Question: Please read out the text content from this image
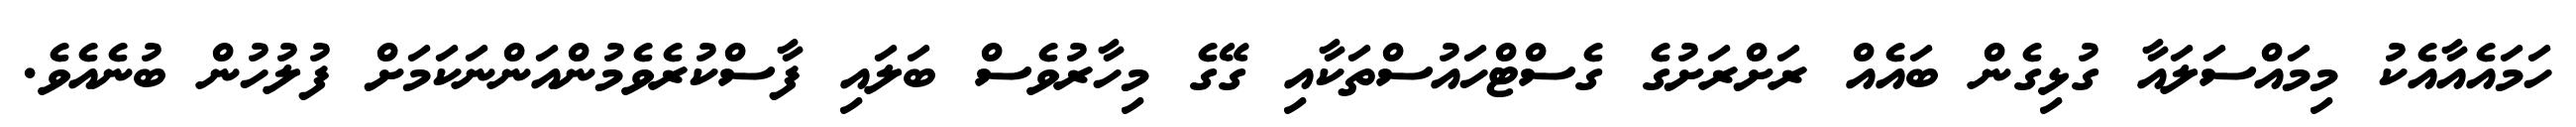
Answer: ހަމައެއާއެކު މިމައްސަލައާ ގުޅިގެން ބައެއް ރަށްރަށުގެ ގެސްޓްހައުސްތަކާއި ގޭގެ މިހާރުވެސް ބަލައި ފާސްކުރެވެމުންއަންނަކަމަށް ފުލުހުން ބުނެއެވެ.